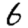
Digit: 6